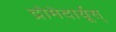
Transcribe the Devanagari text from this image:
द्रोमेदार्यूस्